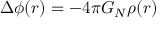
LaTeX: \Delta \phi ( r ) = - 4 \pi G _ { N } \rho ( r ) \; \; \;